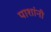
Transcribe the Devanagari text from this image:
पाशांनी